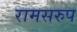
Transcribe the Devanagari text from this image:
रामसरुप